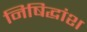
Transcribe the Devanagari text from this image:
निषिद्धांश